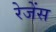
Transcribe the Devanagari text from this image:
रेजेंस